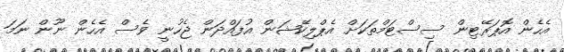
އެހެން އޮޕަރޭޓިން ސިސްޓަމްތަކަށް އެޕްލިކޭޝަން އުފައްދަން ޖެހުނީ ވެސް އެހެން ނޫން ނަމަ